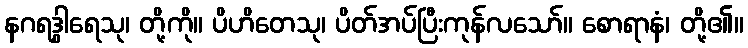
နဂရဒွါရေသု၊ တို့ကို။ ပိဟိတေသု၊ ပိတ်အပ်ပြီးကုန်လသော်။ စောရာနံ၊ တို့၏။